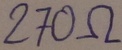
Text: 270Ω